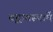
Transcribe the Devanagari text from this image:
वृद्वावस्थामें